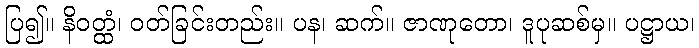
ပြ၍။ နိဝတ္ထံ၊ ဝတ်ခြင်းတည်း။ ပန၊ ဆက်။ ဇာဏုတော၊ ဒူပုဆစ်မှ။ ပဋ္ဌာယ၊